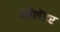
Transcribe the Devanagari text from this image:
मीनेंडर